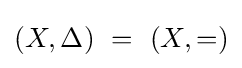
(X,\Delta )\ =\ (X,=)